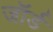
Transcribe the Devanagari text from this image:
जॉर्ड